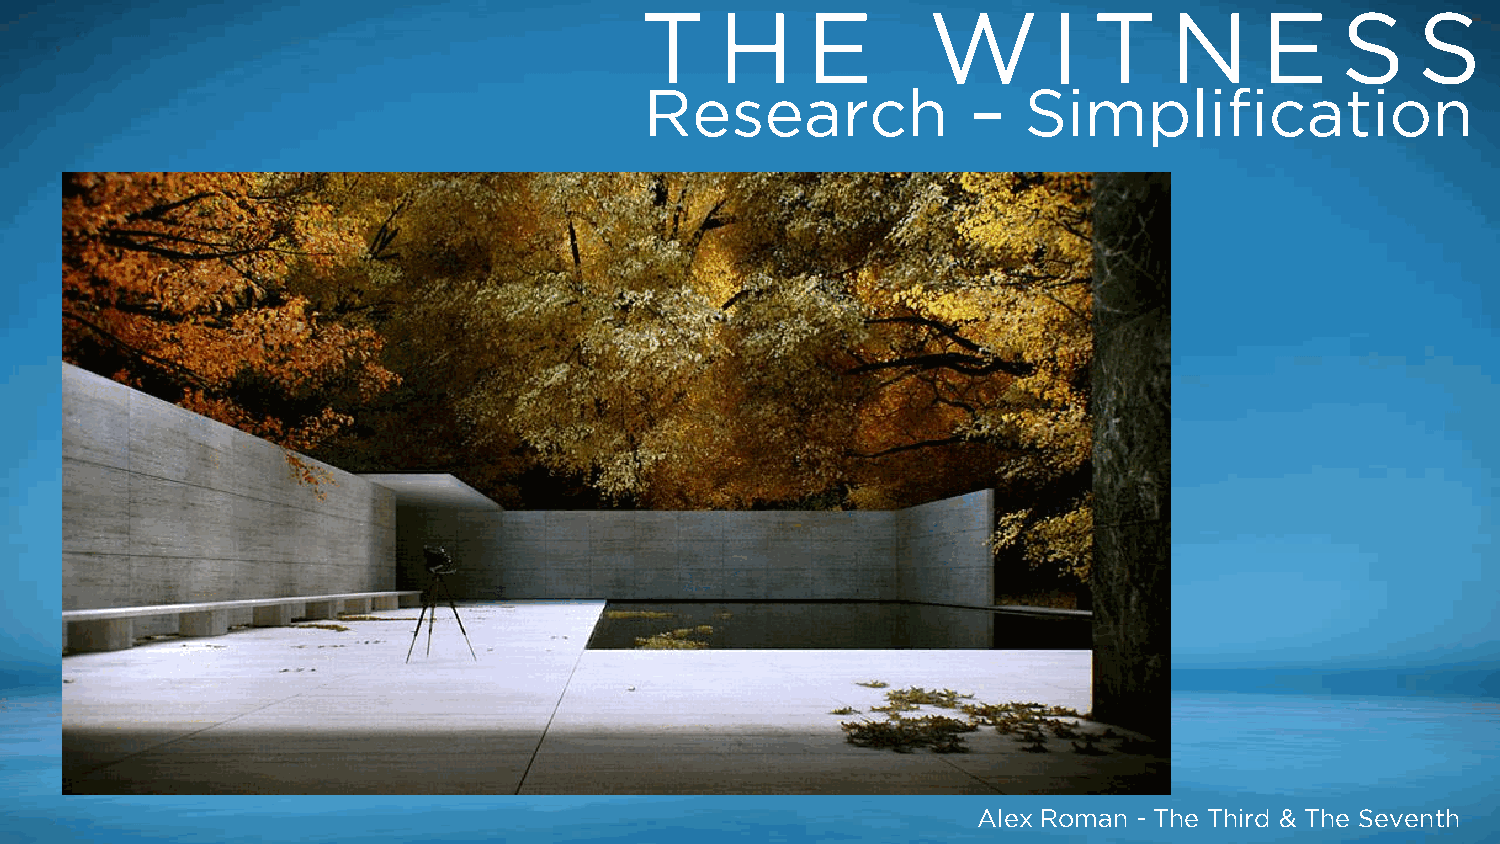
T     H    E       W        I T    N      E    S    S
 Research             –   Simplification
 Alex Roman - The Third & The Seventh